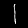
Digit: 1